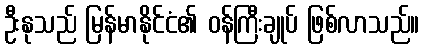
ဦးနုသည် မြန်မာနိုင်ငံ၏ ဝန်ကြီးချုပ် ဖြစ်လာသည်။